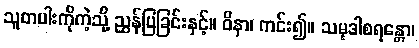
သူတပါးကိုကဲ့သို့ ညွှန်ပြခြင်းနှင့်။ ဝိနာ၊ ကင်း၍။ သမုဒါစရန္တော၊